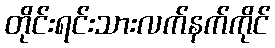
တိုင်းရင်းသားလက်နက်ကိုင်